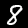
Label: 8